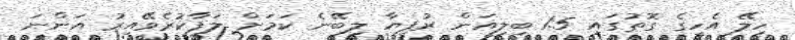
ހިލޭ އެހީގެ ގޮތުގައި 1.5 ބިލިއަން ރުފިޔާ ލިބޭނެ ކަމަށް ލަފާކުރެވޭއިރު އަންނަ